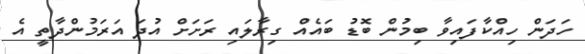
ހަދަން ހިއްކާފައިވާ ބިމުން ބޮޑު ބައެއް ގިރާލައި ރަށަށް އުދަ އަރަމުންދާތީ އެ